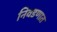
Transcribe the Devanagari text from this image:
निवडणात